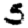
Digit: 5